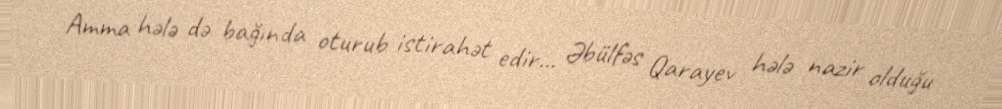
Amma hələ də bağında oturub istirahət edir... Əbülfəs Qarayev hələ nazir olduğu